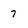
Character: 7